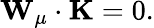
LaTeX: {\mathbf W}_{\mu}\cdot{\mathbf K}=0.